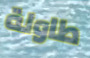
طاولة